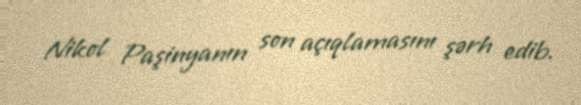
Nikol Paşinyanın son açıqlamasını şərh edib.